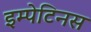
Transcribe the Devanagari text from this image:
इम्पेटिनस